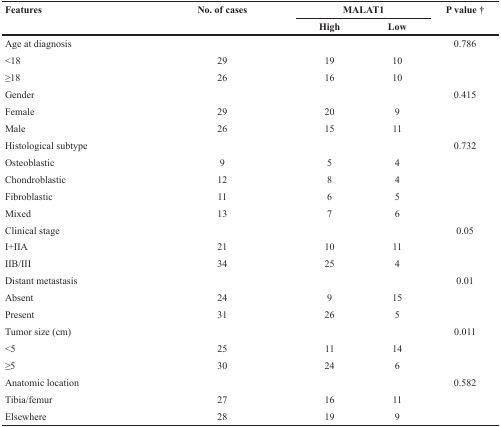
| Features | No. of cases | <COLSPAN=2> MALAT1 | P value † |
 | --- | --- | --- | --- | --- |
 |  |  | High | Low |  |
 | Age at diagnosis |  |  |  | 0.786 |
 | <18 | 29 | 19 | 10 |  |
 | ≥18 | 26 | 16 | 10 |  |
 | Gender |  |  |  | 0.415 |
 | Female | 29 | 20 | 9 |  |
 | Male | 26 | 15 | 11 |  |
 | Histological subtype |  |  |  | 0.732 |
 | Osteoblastic | 9 | 5 | 4 |  |
 | Chondroblastic | 12 | 8 | 4 |  |
 | Fibroblastic | 11 | 6 | 5 |  |
 | Mixed | 13 | 7 | 6 |  |
 | Clinical stage |  |  |  | 0.05 |
 | I+IIA | 21 | 10 | 11 |  |
 | IIB/III | 34 | 25 | 4 |  |
 | Distant metastasis |  |  |  | 0.01 |
 | Absent | 24 | 9 | 15 |  |
 | Present | 31 | 26 | 5 |  |
 | Tumor size (cm) |  |  |  | 0.011 |
 | <5 | 25 | 11 | 14 |  |
 | ≥5 | 30 | 24 | 6 |  |
 | Anatomic location |  |  |  | 0.582 |
 | Tibia/femur | 27 | 16 | 11 |  |
 | Elsewhere | 28 | 19 | 9 |  |